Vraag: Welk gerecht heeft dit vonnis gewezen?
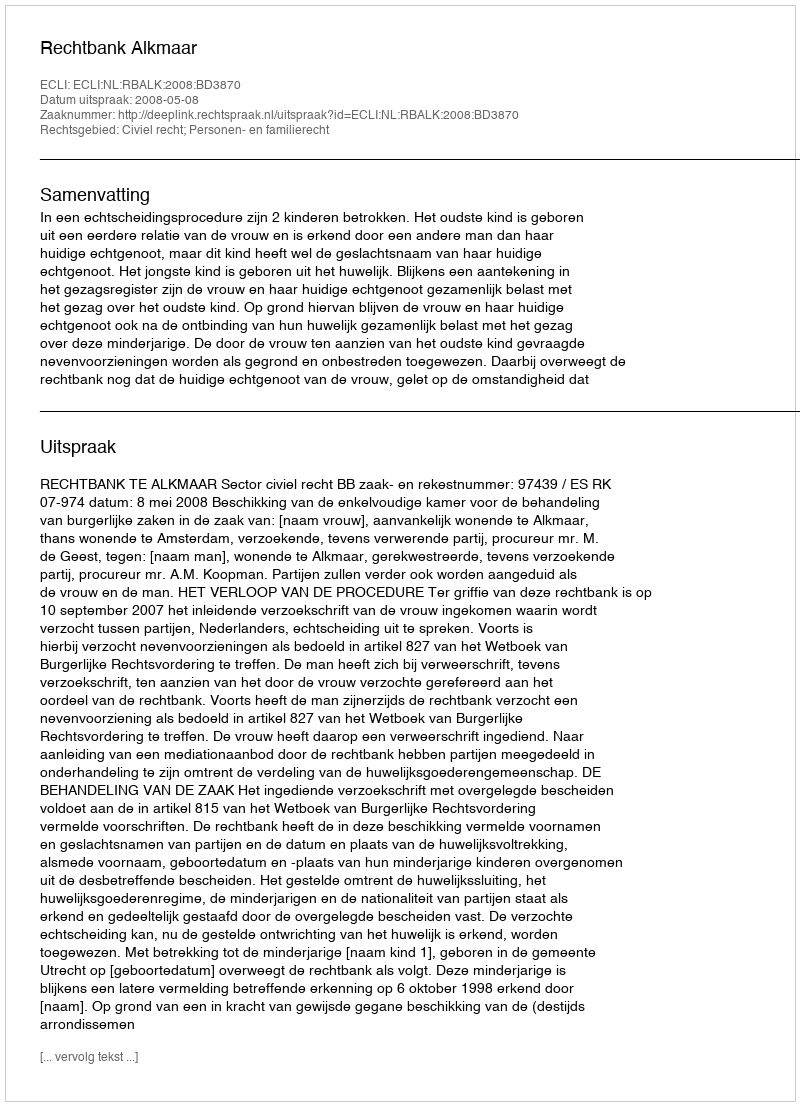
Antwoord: Rechtbank Alkmaar